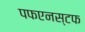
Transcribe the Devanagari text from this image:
पफएनस्टफ